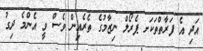
އަދި އެ ފަރާތްތަކަށ ޕެރޯލް ނިޒާމުގެ ތެރެއިން ވެސް ވީ އެންމެ ދިގު